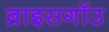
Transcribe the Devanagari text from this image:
ब्राइसगॉउ